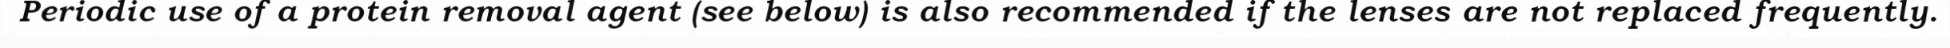
Periodic use of a protein removal agent (see below) is also recommended if the lenses are not replaced frequently.